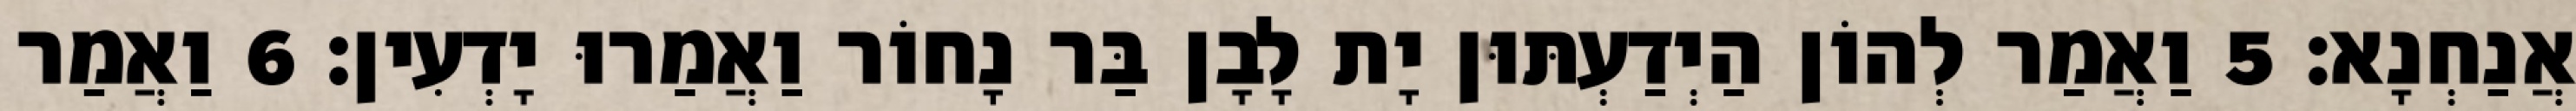
אֲנַחְנָא׃ 5 וַאֲמַר לְהוֹן הַיְדַעְתּוּן יָת לָבָן בַּר נָחוֹר וַאֲמַרוּ יָדְעִין׃ 6 וַאֲמַר